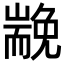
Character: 𡽏